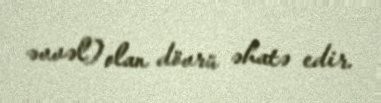
əvvəl) olan dövrü əhatə edir.